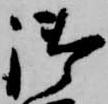
御